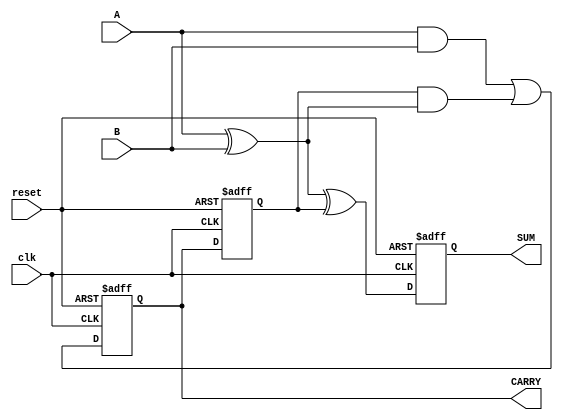
module SequentialHalfAdder (
    input wire clk,            // Clock signal
    input wire reset,          // Reset signal
    input wire A,              // Input bit A
    input wire B,              // Input bit B
    output reg SUM,            // Output sum
    output reg CARRY           // Output carry
);

// Internal registers to hold previous state
reg prev_carry;

// Combinational logic for SUM and CARRY
wire current_sum;
wire current_carry;

assign current_sum = A ^ B ^ prev_carry;   // SUM = A XOR B XOR Previous_CARRY
assign current_carry = (A & B) | (prev_carry & (A ^ B)); // CARRY = (A AND B) OR (Previous_CARRY AND (A XOR B))

// Sequential logic to update states on clock edge
always @(posedge clk or posedge reset) begin
    if (reset) begin
        SUM <= 0;
        CARRY <= 0;
        prev_carry <= 0;
    end else begin
        SUM <= current_sum;   // Update SUM with the current computed sum
        CARRY <= current_carry; // Update CARRY with the current computed carry
        prev_carry <= CARRY;   // Store current CARRY for next computation
    end
end

endmodule